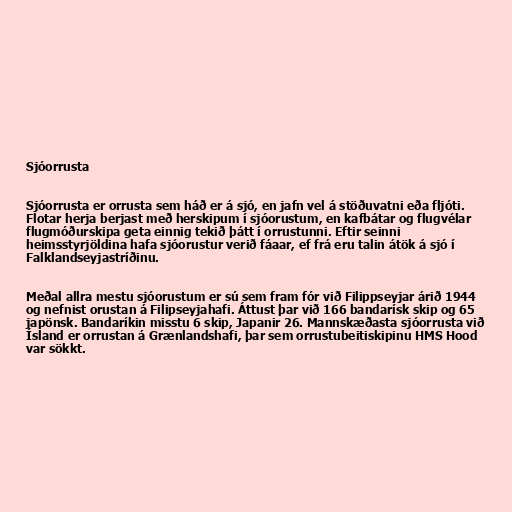
Sjóorrusta

Sjóorrusta er orrusta sem háð er á sjó, en jafn vel á stöðuvatni eða fljóti.
Flotar herja berjast með herskipum í sjóorustum, en kafbátar og flugvélar
flugmóðurskipa geta einnig tekið þátt í orrustunni. Eftir seinni
heimsstyrjöldina hafa sjóorustur verið fáaar, ef frá eru talin átök á sjó í
Falklandseyjastríðinu.

Meðal allra mestu sjóorustum er sú sem fram fór við Filippseyjar árið 1944
og nefnist orustan á Filipseyjahafi. Áttust þar við 166 bandarísk skip og 65
japönsk. Bandaríkin misstu 6 skip, Japanir 26. Mannskæðasta sjóorrusta við
Ísland er orrustan á Grænlandshafi, þar sem orrustubeitiskipinu HMS Hood
var sökkt.